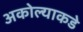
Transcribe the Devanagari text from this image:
अकोल्याकडे